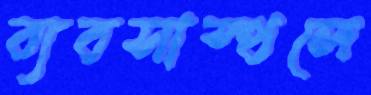
ব্যবসাস্থলে